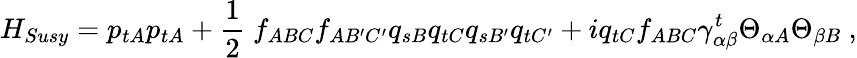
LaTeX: H_{Susy}=p_{tA}p_{tA}+\frac{1}{2}\ f_{ABC}f_{AB^{\prime}C^{\prime}}q_{sB}q_{tC}q_{sB^{\prime}}q_{tC^{\prime}}+iq_{tC}f_{ABC}\gamma_{\alpha\beta}^{t}\Theta_{\alpha A}\Theta_{\beta B}\ ,